Lunatic asylums Central Provinces reports 1910-1926 - 1910-1926
Year: 1910
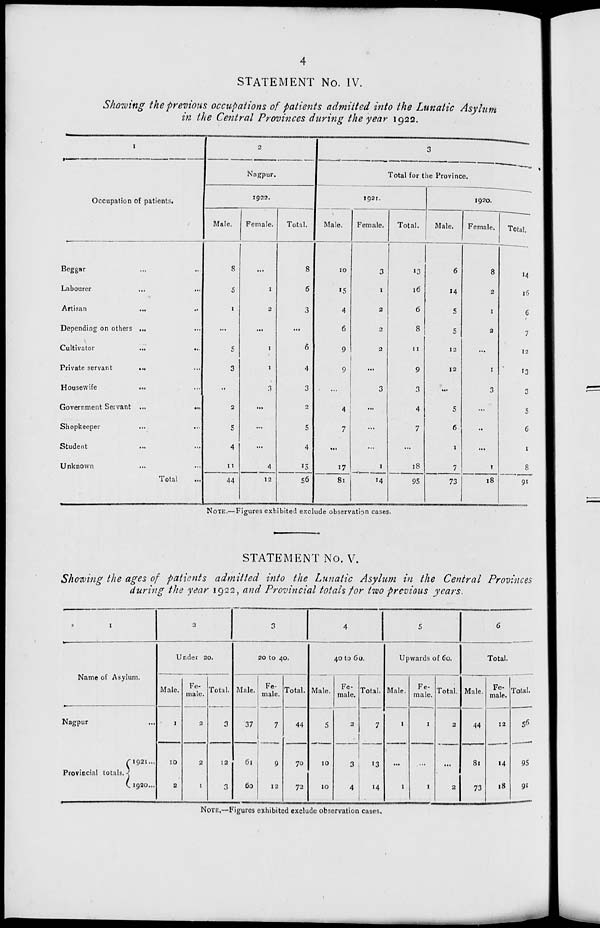
4
STATEMENT No. IV.
Showing the previous occupations of patients admitted into the Lunatic Asylum
in the Central Provinces during the year 1922.
1
Occupation of patients.
Beggar ... ...
Labourer ... ...
Artisan ... ...
Depending on others ... ...
Cultivator
...
...
Private servant
... ...
Housewife ... ...
Government Servant ...
...
Shopkeeper ... ...
Student ... ...
Unknown ... ...
Total ...
2
Nagpur.
1922.
Male.
8
5
1
...
5
3
...
2
5
4
11
44
Female.
...
1
2
...
1
1
3
...
...
...
4
12
Total.
8
6
3
...
6
4
3
2
5
4
15
56
3
Total for the Province.
1921.
Male.
10
15
4
6
9
9
...
4
7
...
17
81
Female.
3
1
2
2
2
...
3
...
...
...
1
14
Total.
13
16
6
8
11
9
3
4
7
...
18
95
1920.
Male.
6
14
5
5
12
12
...
5
6
1
7
73
Female.
8
2
1
2
...
1
3
...
...
...
1
18
Total.
14
16
6
7
12
13
3
5
6
1
8
91
NOTE.—Figures exhibited exclude observation cases.
STATEMENT No. V.
Showing the ages of patients admitted into the Lunatic Asylum in the Central Provinces
during the year 1922, and Provincial totals for two previous years.
1
Name of Asylum.
Nagpur ...
Provincial totals.
1921 ...
1920 ...
2
Under 20.
Male.
1
10
2
Fe-
male.
2
2
1
Total.
3
12
3
3
20 to 40.
Male.
37
61
60
Fe-
male.
7
9
12
Total.
44
70
72
4
40 to 60.
Male.
5
10
10
Fe-
male.
2
3
4
Total.
7
13
14
5
Upwards of 60.
Male.
1
...
1
Fe-
male.
1
...
1
Total.
2
...
2
6
Total.
Male.
44
81
73
Fe-
male.
12
14
18
Total.
56
95
91
NOTE.—Figures exhibited exclude observation cases.